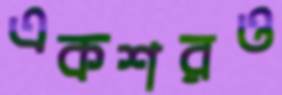
একশরও